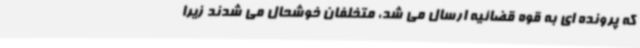
که پرونده ای به قوه قضائیه ارسال می شد، متخلفان خوشحال می شدند زیرا